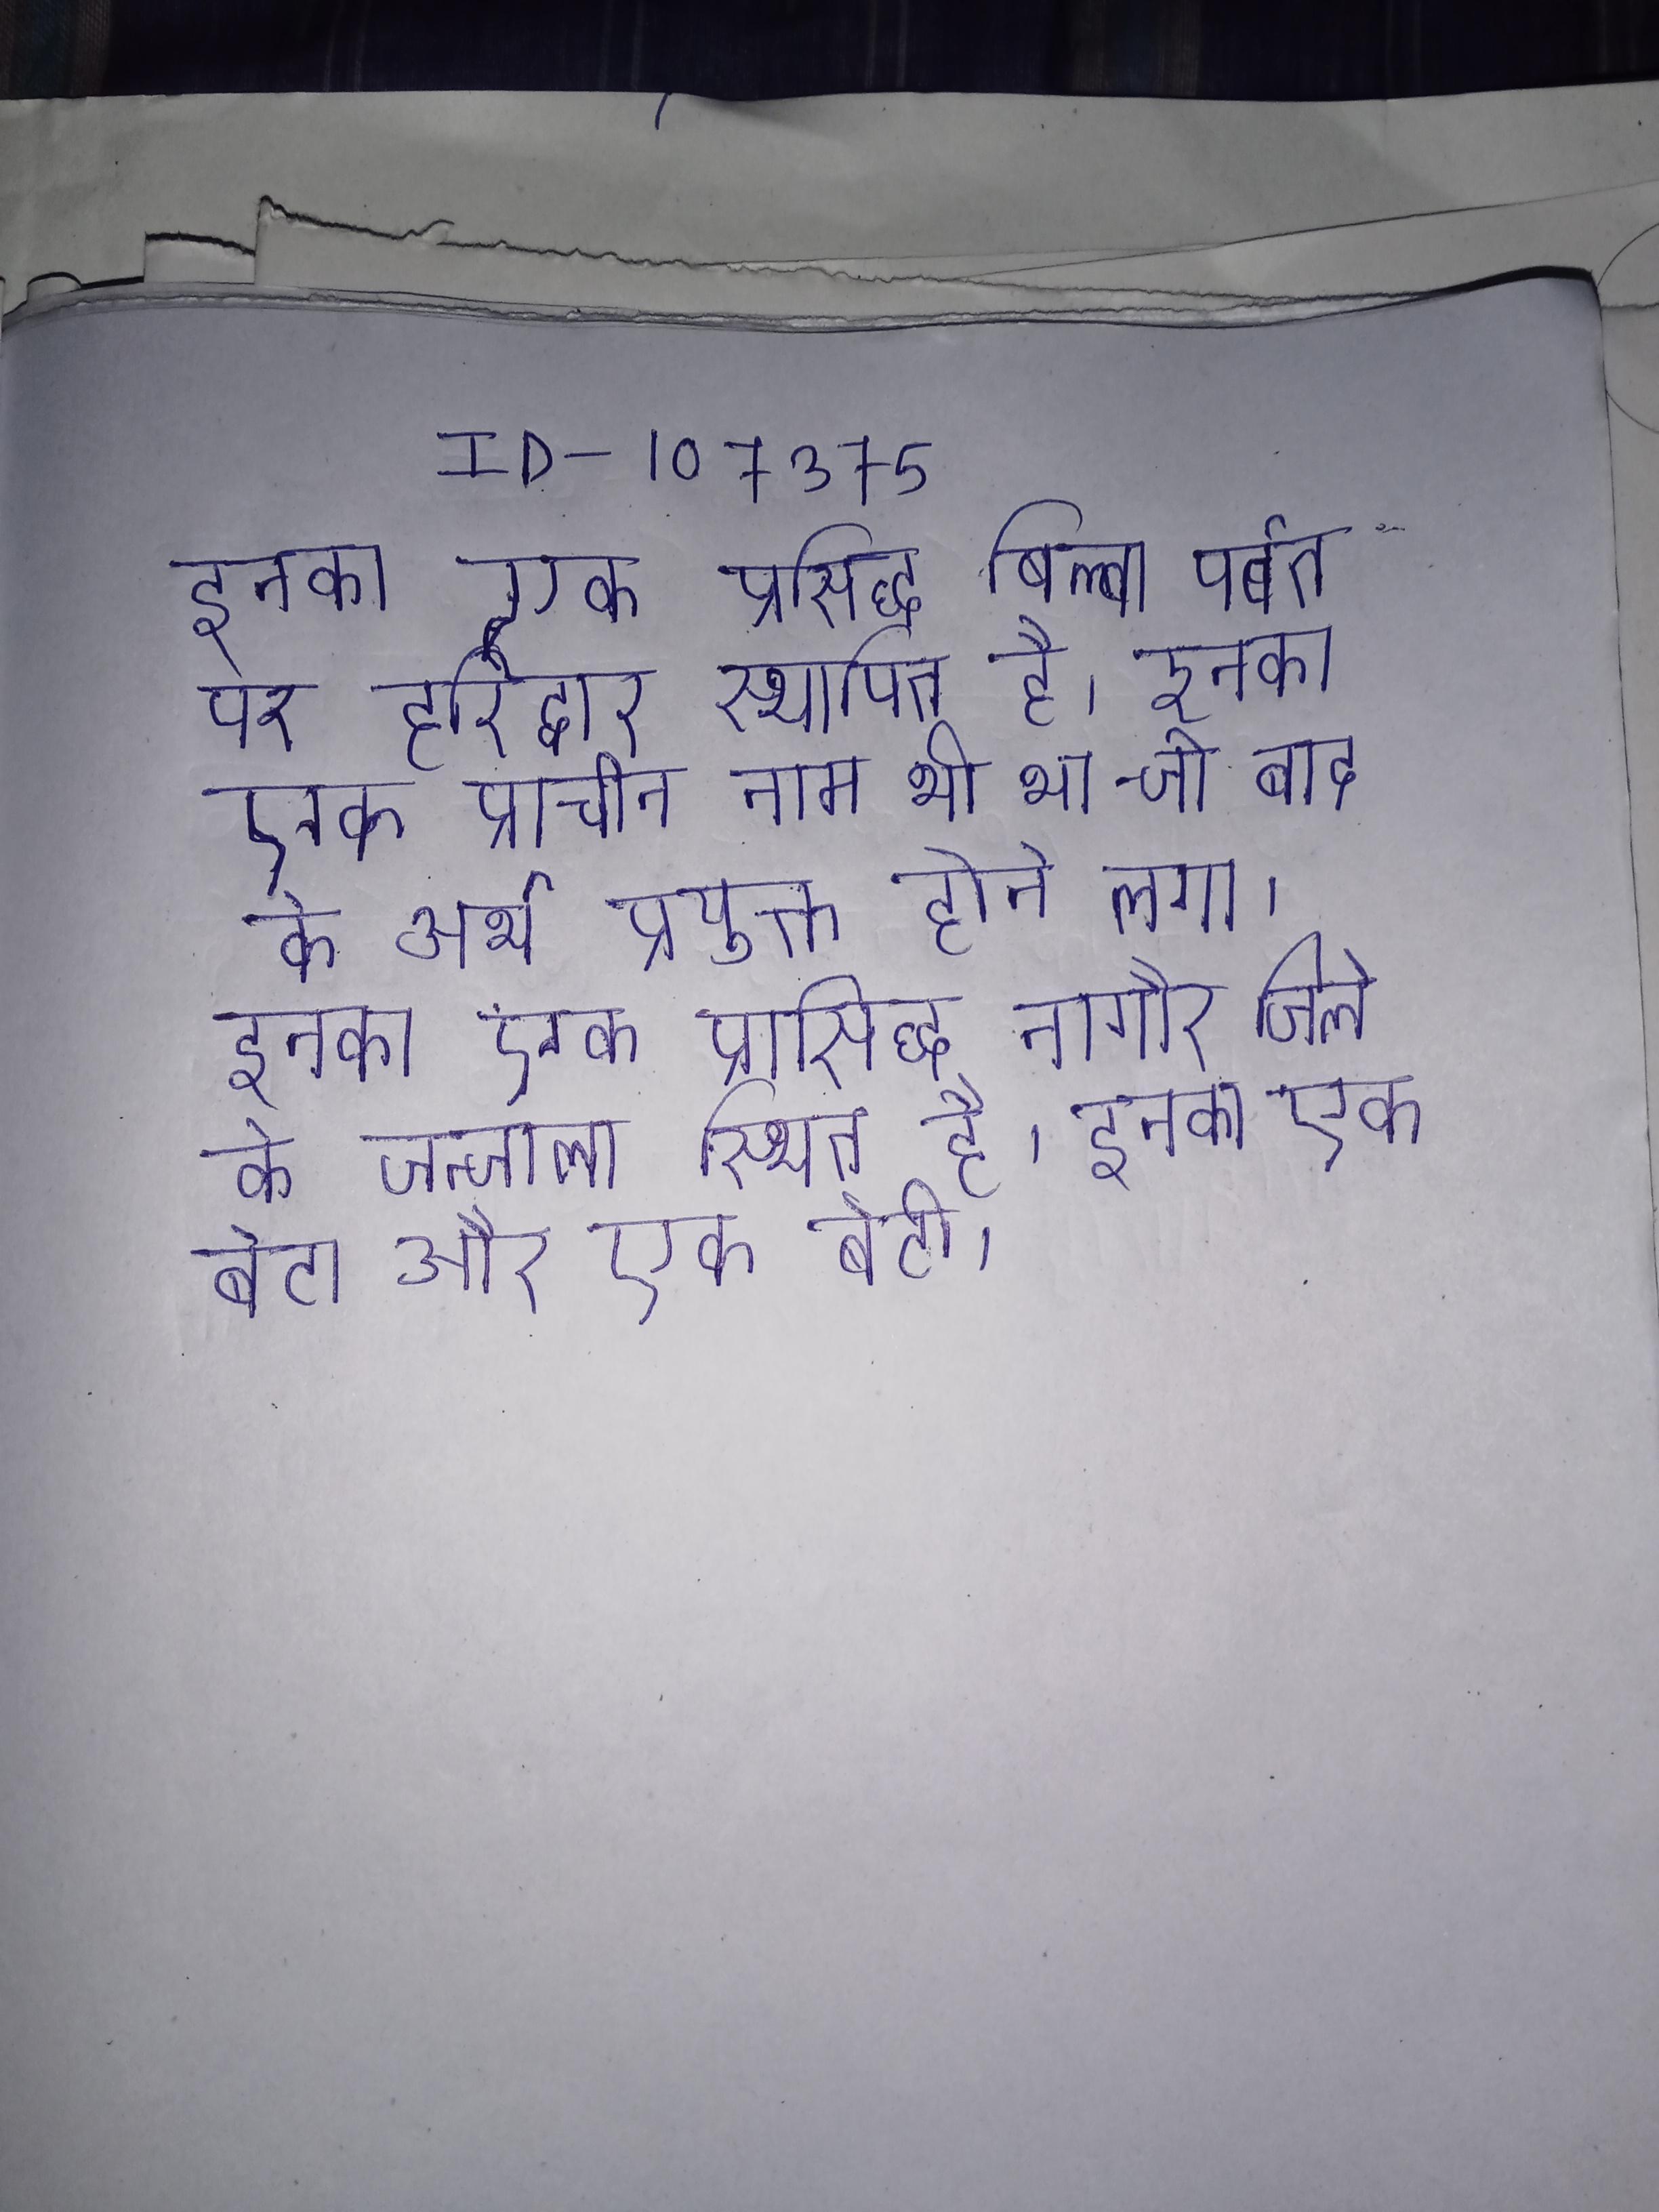
इनका एक प्रसिद्ध बिल्वा पर्वत पर हरिद्वार स्थापित है । इनका एक प्राचीन नाम भी था- जो बाद के अर्थ प्रयुक्त होने लगा । इनका एक प्रासिद्ध नागौर जिले के जुन्जाला स्थित है । इनका एक बेटा और एक बेटी ।